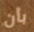
بأن